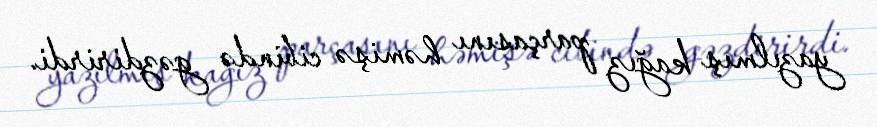
yazılmış kağız parçasını həmişə cibində gəzdirirdi.